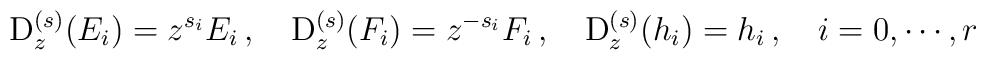
{\rm D}^{(s)}_z(E_i)=z^{s_i} E_i\,,~~~{\rm D}^{(s)}_z(F_i)=z^{-s_i}F_i\,,  ~~~{\rm D}^{(s)}_z(h_i)=h_i\,,~~~i=0,\cdots,r